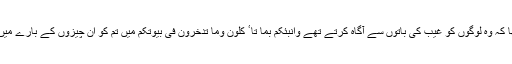
ہم جانتے ہیں کہ حضرت عیسیٰ علیہ السلام ایک معجزہ یہ تھا کہ وہ لوگوں کو غیب کی باتوں سے آگاہ کرتے تھے وانبئکم بما تا ٴ کلون وما تدخرون فی بیوتکم میں تم کو ان چیزوں کے بارے میں بتاتا ہوں جو تم کھاتے ہو یااپنے گھروں میں جمع کرتے ہو۔